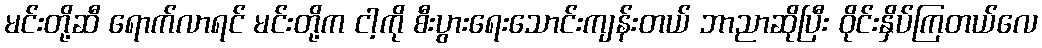
မင်းတို့ဆီ ရောက်လာရင် မင်းတို့က ငါ့ကို စီးပွားရေးသောင်းကျန်းတယ် ဘာညာဆိုပြီး ဝိုင်းနှိပ်ကြတယ်လေ